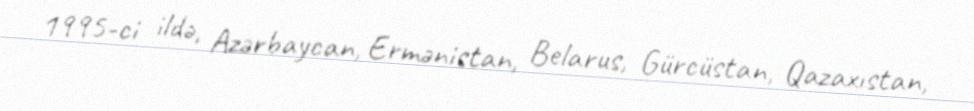
1995-ci ildə, Azərbaycan, Ermənistan, Belarus, Gürcüstan, Qazaxıstan,